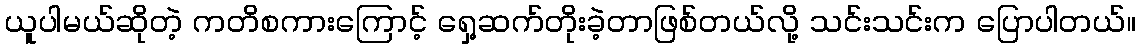
ယူပါမယ်ဆိုတဲ့ ကတိစကားကြောင့် ရှေ့ဆက်တိုးခဲ့တာဖြစ်တယ်လို့ သင်းသင်းက ပြောပါတယ်။